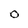
Character: O